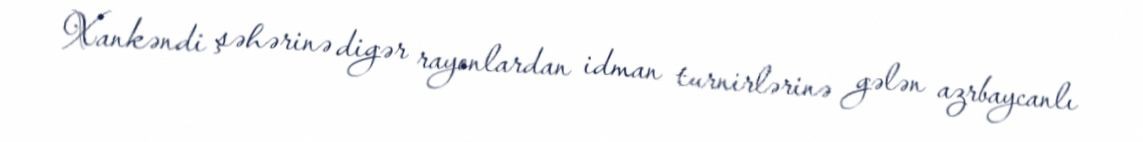
Xankəndi şəhərinə digər rayonlardan idman turnirlərinə gələn azrbaycanlı